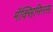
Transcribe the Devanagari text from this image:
मॅक्सिमिनस